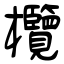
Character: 欖